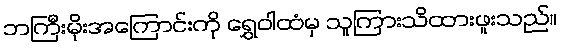
ဘကြီးမိုးအကြောင်းကို ရွှေဝါထံမှ သူကြားသိထားဖူးသည်။